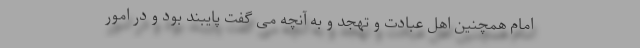
امام همچنین اهل عبادت و تهجد و به آنچه می گفت پایبند بود و در امور